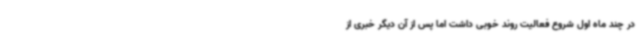
در چند ماه اول شروع فعالیت روند خوبی داشت اما پس از آن دیگر خبری از